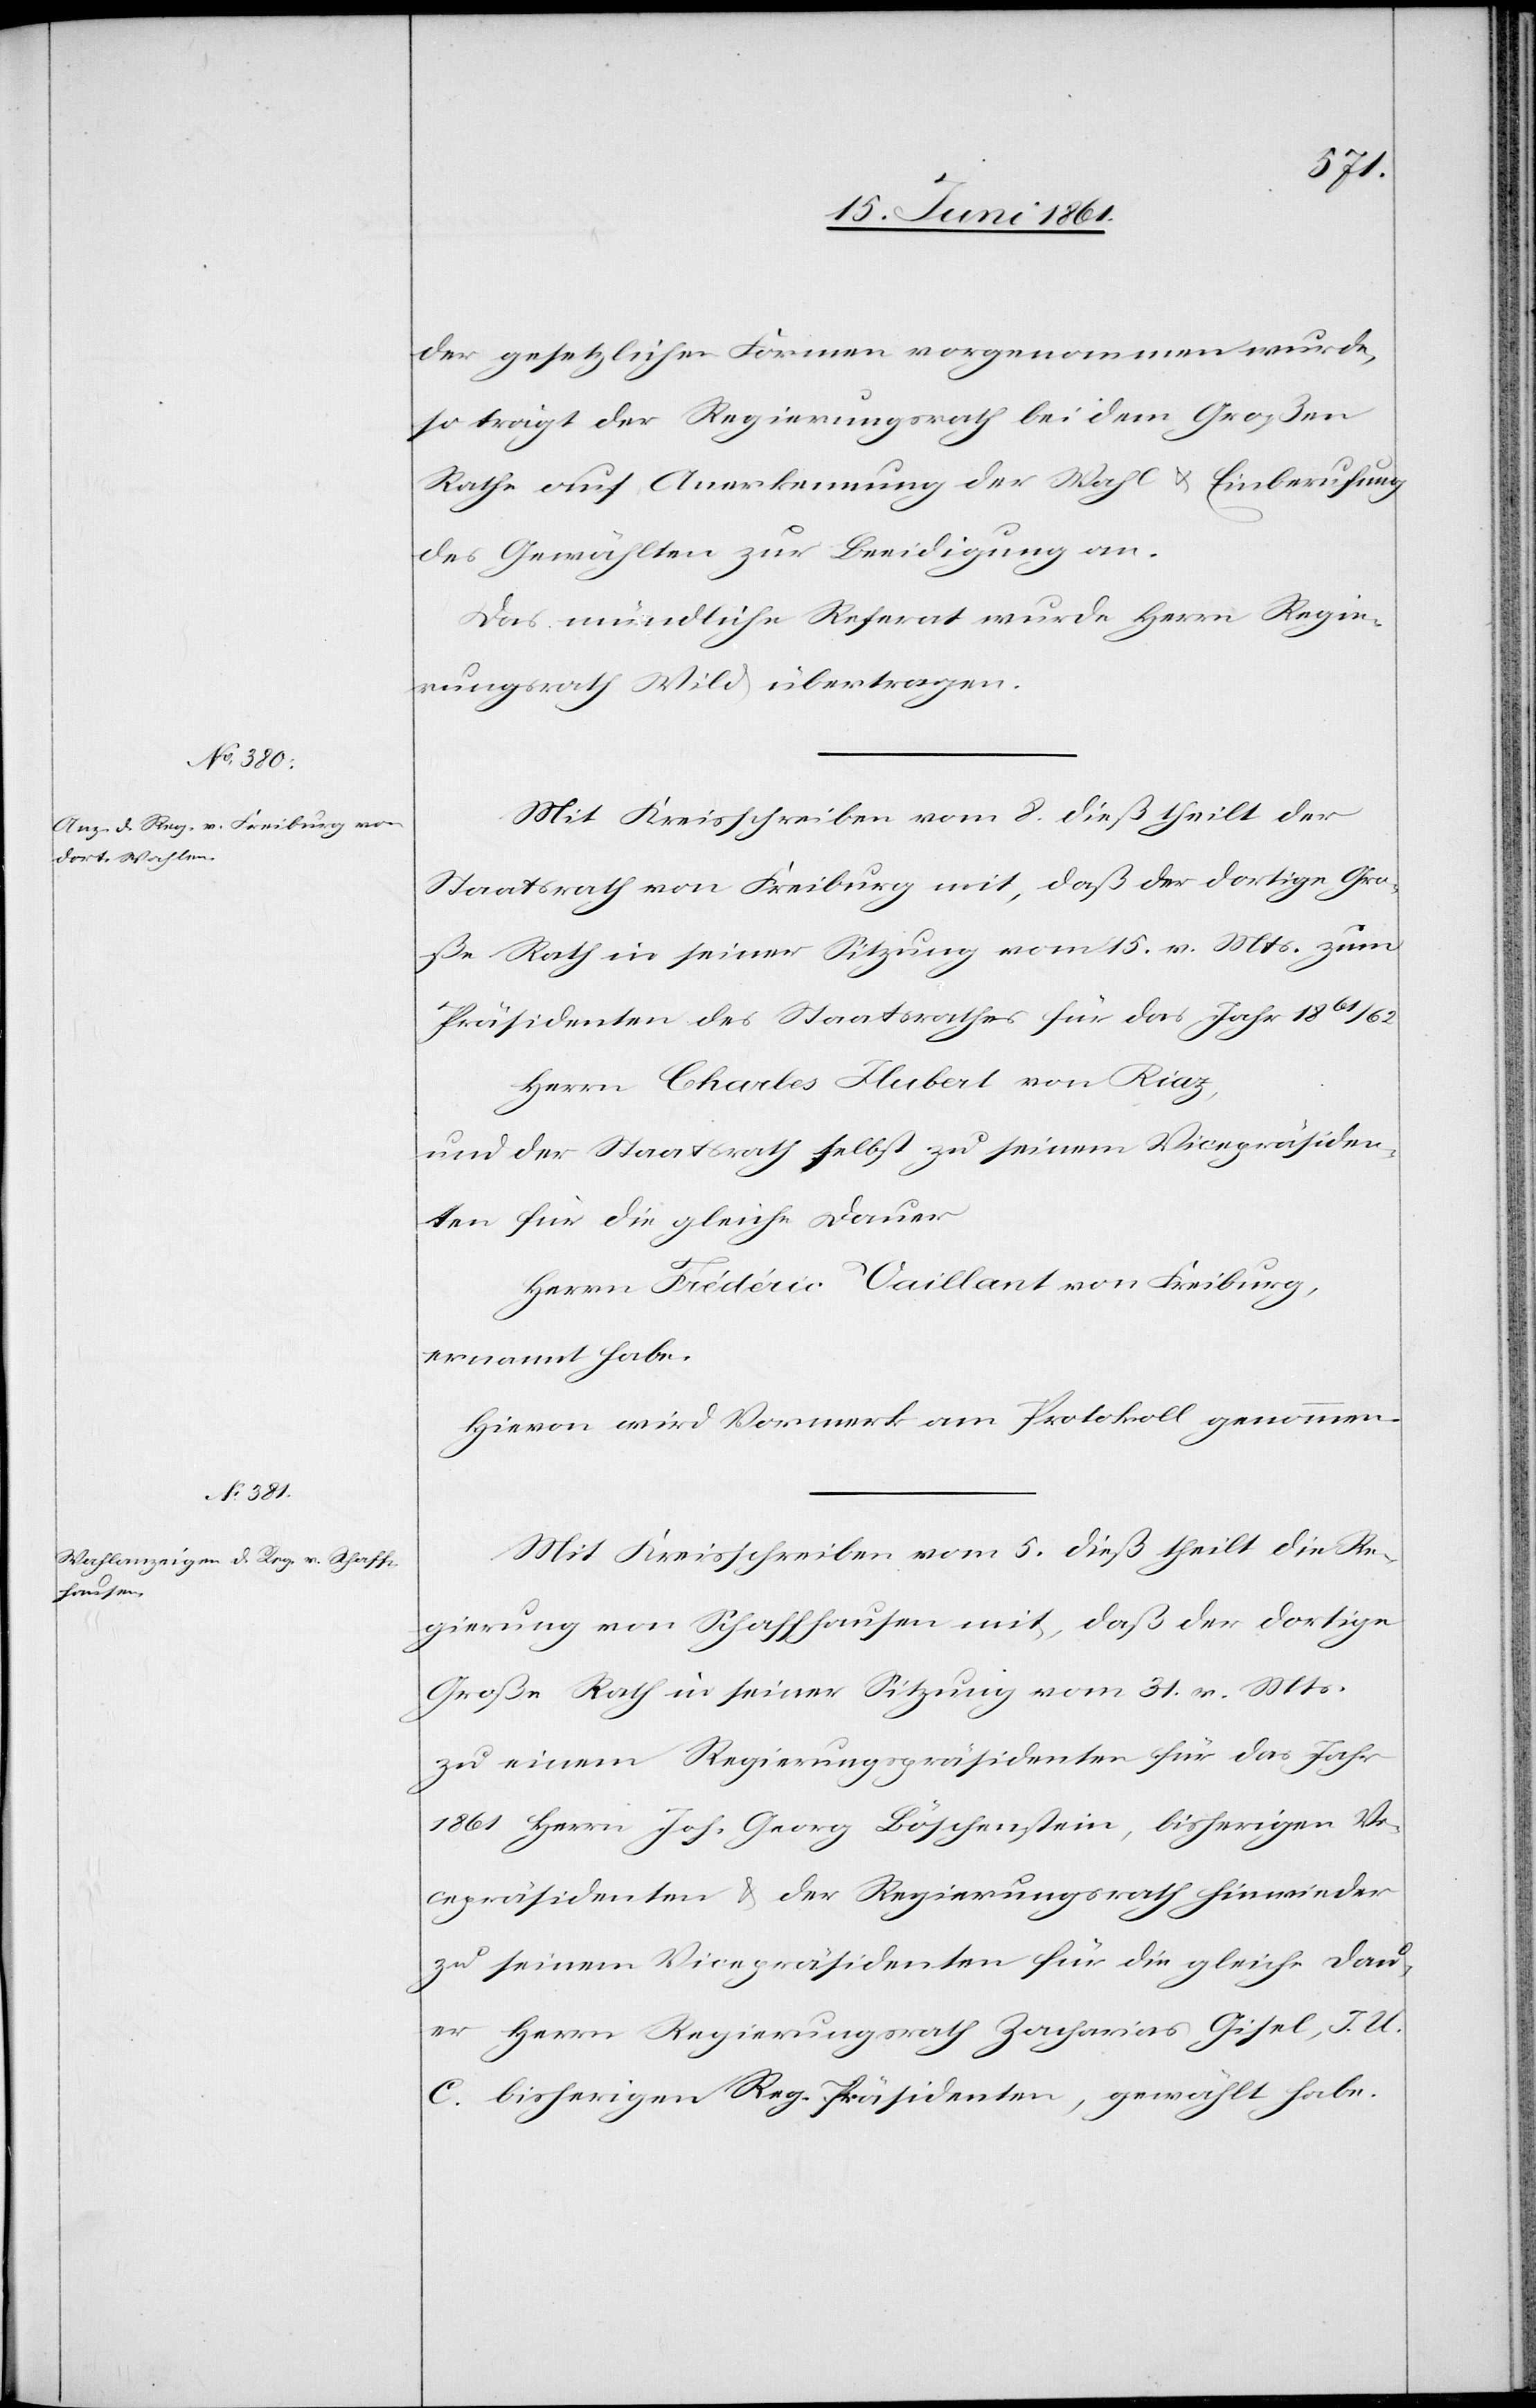
der gesetzlichen Formen vorgenommen wurde,
so trägt der Regierungsrath bei dem Großen
Rathe auf Anerkennung der Wahl u. Einberufung
des Gewählten zur Beeidigung an.
Das mündliche Referat wurde Herrn Regie¬
rungsrath Wild übertragen.
Mit Kreisschreiben vom 8. dieß theilt der
Staatsrath von Freiburg mit, daß der dortige Gro¬
ße Rath in seiner Sitzung vom 15. v. Mts. zum
Präsidenten des Staatsrathes für das Jahr 1861/62
Herrn Charles Hubert von Riaz,
und der Staatsrath selbst zu seinem Vicepräsiden¬
ten für die gleiche Dauer
Herrn Frédéric Vaillant von Freiburg,
ernannt habe.
Hievon wird Vormerk am Protokoll genommen.
Mit Kreisschreiben vom 5. dieß theilt die Re¬
gierung von Schaffhausen mit, daß der dortige
Große Rath in seiner Sitzung vom 31. v. Mts.
zu einem Regierungspräsidenten für das Jahr
1861 Herrn Joh. Georg Böschenstein, bisherigen Vi¬
cepräsidenten u. der Regierungsrath hinwieder
zu seinem Vicepräsidenten für die gleiche Dau¬
er Herrn Regierungsrath Zacharias Gisel, J. U.
C. bisherigen Reg. Präsidenten, gewählt habe.